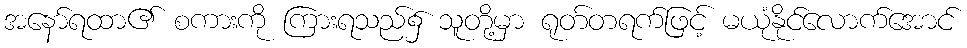
အနော်ရထာ၏ စကားကို ကြားရသည်၌ သူတို့မှာ ရုတ်တရက်ဖြင့် မယုံနိုင်လောက်အောင်